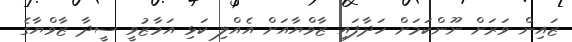
ޒައިން ވަރަށް ނޫންކަމަށް ހަދާފައި ޒާވްޔާއަށް އެއްލި ކަޅި އަމާޒުވީ ސީދާ ޒާވްޔާގެ